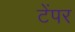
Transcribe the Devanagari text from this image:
टेंपर